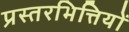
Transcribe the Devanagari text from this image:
प्रस्तरभित्तियों